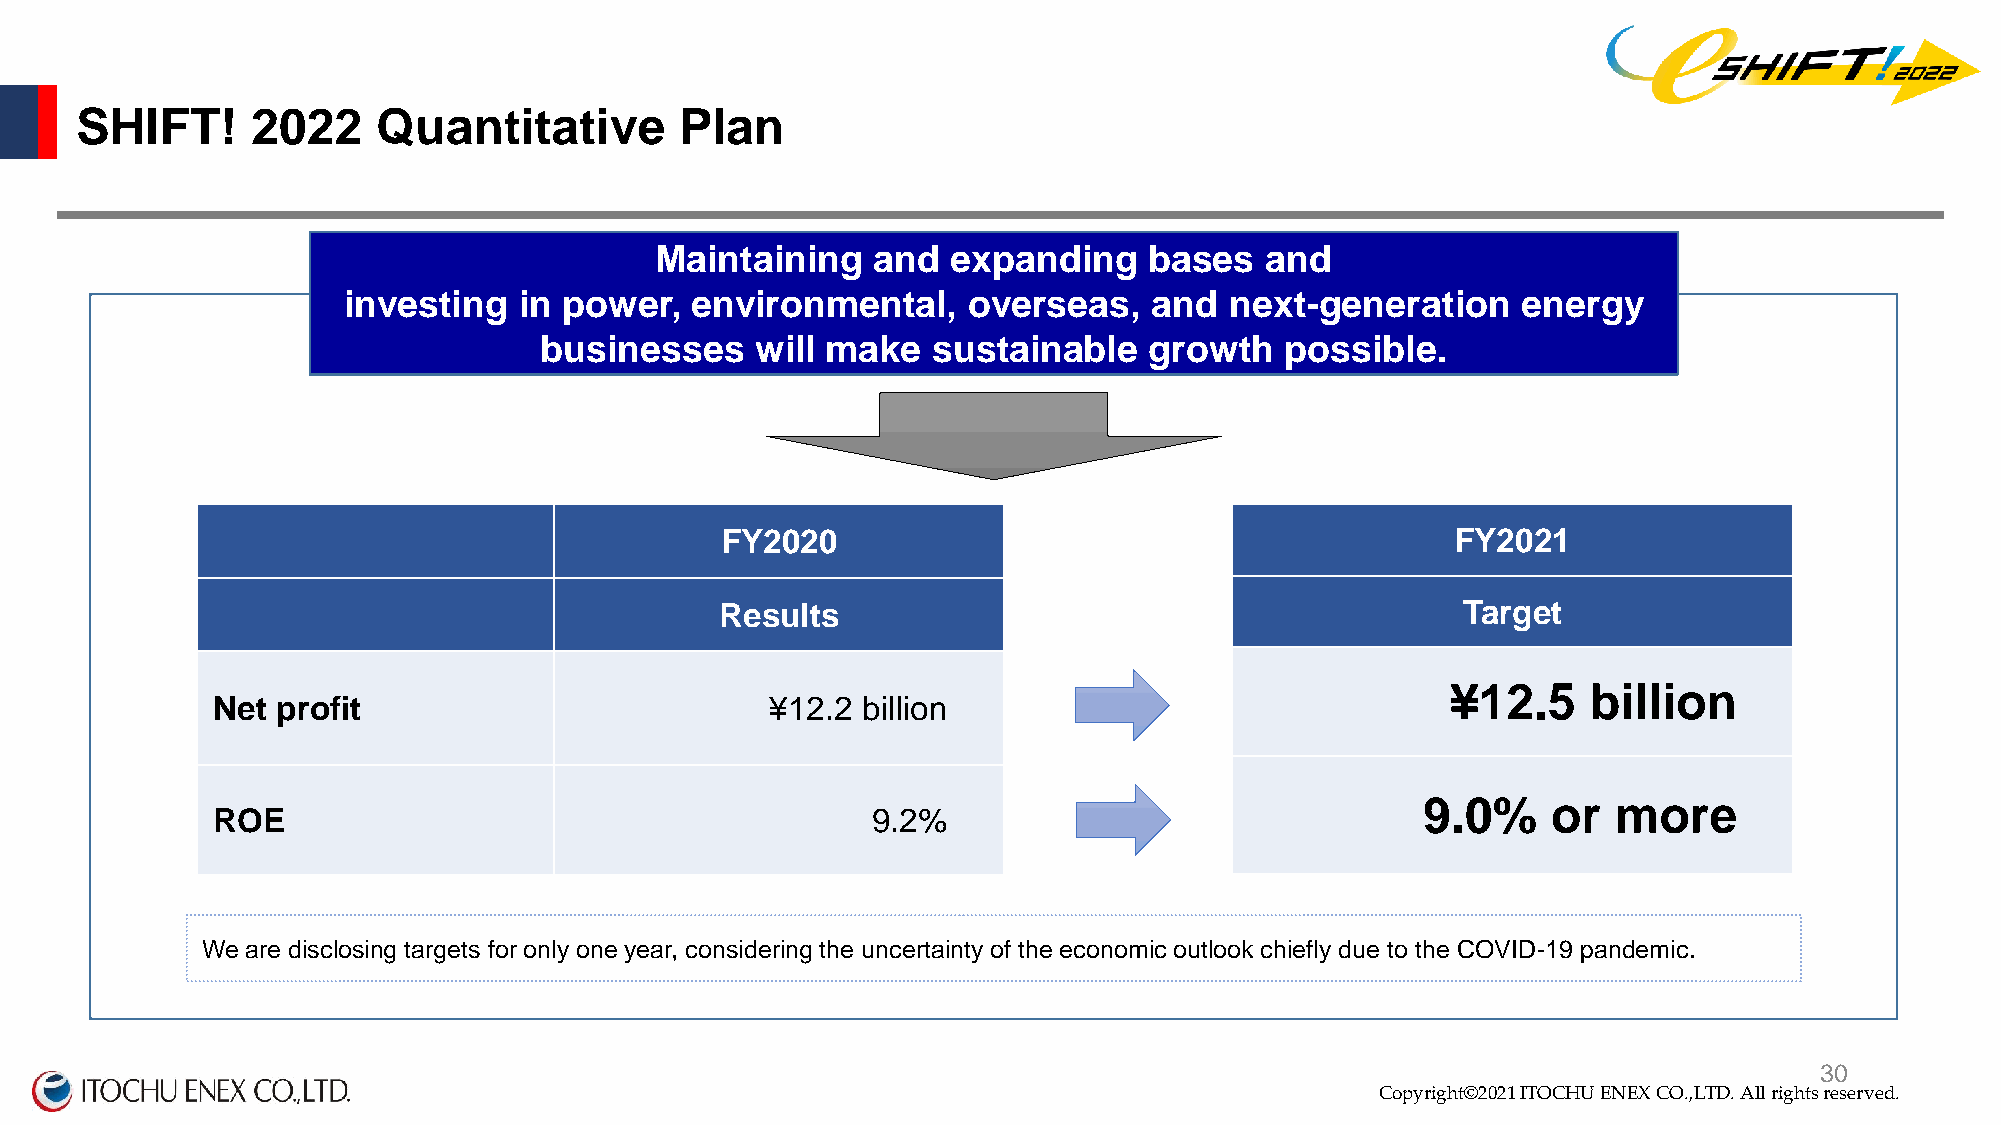
SHIFT!      2022    Quantitative        Plan
 Maintaining    and  expanding    bases   and
 investing  in power,   environmental,    overseas,   and  next-generation     energy
 businesses    will make   sustainable   growth   possible.
 FY2020                                          FY2021
 Results                                          Target
 ¥12.5    billion
 Net profit                           ¥12.2 billion
 9.0%     or  more
 ROE                                         9.2%
 We are disclosing targets for only one year, considering the uncertainty of the economic outlook chiefly due to the COVID-19 pandemic.
 Copyright©2020 ITOCHU ENEX CO.,LTD. All right3s 0reserved.
 Copyright©2021 ITOCHU ENEX CO.,LTD. All rights reserved.